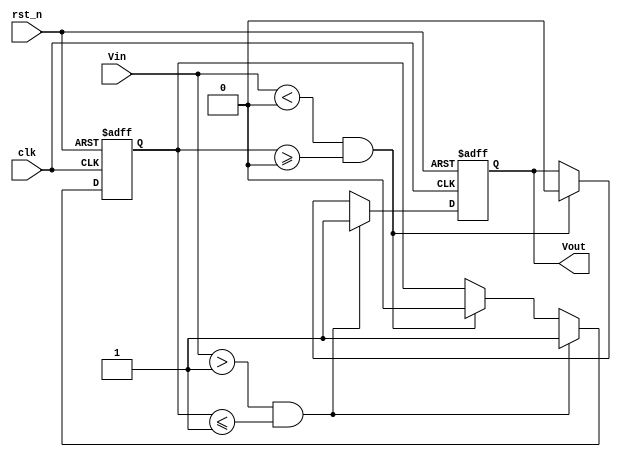
module SchmittTriggerEdgeDetector (
    input wire clk,          // Clock signal for synchronization
    input wire rst_n,       // Active low reset
    input wire Vin,         // Input signal to be monitored
    output reg Vout         // Output signal indicating edge detection
);

    // Define threshold levels (these can be parameterized)
    parameter Vth_high = 1'b1; // Upper threshold for rising edge
    parameter Vth_low  = 1'b0; // Lower threshold for falling edge

    // Internal state to hold the last detected edge
    reg last_state; // Holds the last state of Vin

    // Edge detection logic
    always @(posedge clk or negedge rst_n) begin
        if (!rst_n) begin
            Vout <= 1'b0;         // Reset output
            last_state <= 1'b0;   // Reset last state
        end else begin
            // Rising edge detection
            if (Vin > Vth_high && last_state <= Vth_high) begin
                Vout <= 1'b1;      // Set output high on rising edge
                last_state <= 1'b1; // Update last state
            end
            // Falling edge detection
            else if (Vin < Vth_low && last_state >= Vth_low) begin
                Vout <= 1'b0;      // Set output low on falling edge
                last_state <= 1'b0; // Update last state
            end
            // Maintain last state if within hysteresis
            else begin
                Vout <= Vout;       // Hold current output state
                last_state <= last_state; // Hold last state
            end
        end
    end

endmodule